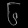
Digit: ၆